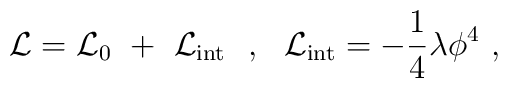
{\cal L}={\cal L}_0\ +\ {\cal L}_{\rm int}\ \ ,\ \ {\cal L}_{\rm int}=-\frac{1}{4}\lambda\phi^4\ ,